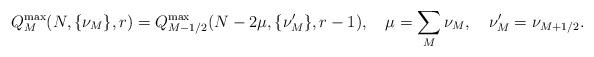
LaTeX: \begin{align*}Q_M^{\max}(N,\{\nu_M\},r) = Q_{M-1/2}^{\max}(N-2\mu ,\{\nu_M'\},r-1),\quad \mu = \sum_M \nu_M ,\quad \nu_M'=\nu_{M+1/2}.\end{align*}